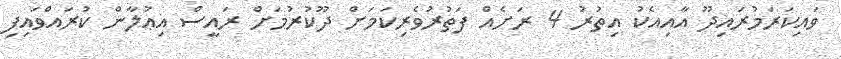
ވައިކަރަމުރައިދޫ އާއިއެކު އިތުރު 4 ރަށެއް ފަތުރުވެރިކަމަށް ދޫކުރުމަށް ރައީސް އިޢުލާން ކުރައްވައިފި